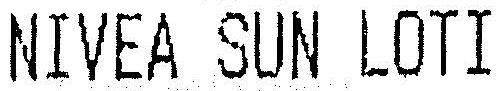
NIVEA SUN LOTI